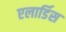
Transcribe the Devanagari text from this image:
एलार्डिस